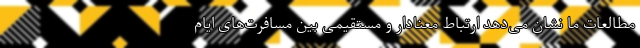
مطالعات ما نشان می‌دهد ارتباط معنادار و مستقیمی بین مسافرت‌های ایام